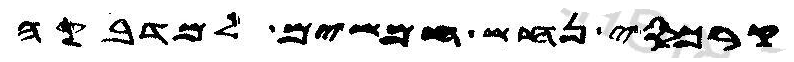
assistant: קרכסי נחש חמשים למדבקה